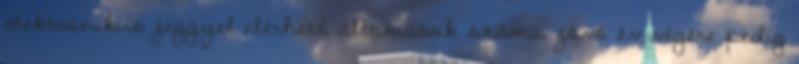
elektronikus jeggyel elérhető állomások száma, jövő év végére pedig